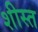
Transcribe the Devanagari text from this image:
शीस्त